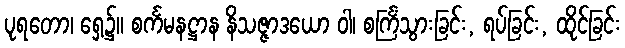
ပုရတော၊ ရှေ့၌။ စင်္ကမနဋ္ဌာန နိသဇ္ဇာဒယော ဝါ၊ စင်္ကြံသွားခြင်း, ရပ်ခြင်း, ထိုင်ခြင်း